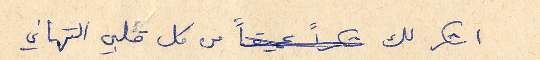
اشكر لك عميقاً من كل قلبي التهاني